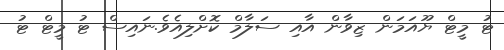
ޓު މީޓް ޔޫއަމަން ޒިވާން އާއި ސަލާމް ކޮށްލިއެވެ.ނައިސް ޓު މީޓް ޓު